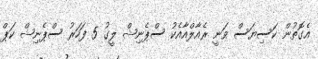
އެގޮތުން ކަސިޔަސް ވަނީ ރެއާލްއާއެކު ސްޕެނިޝް ލީގު 5 ފަހަރު ސްޕެނިޝް ކަޕް